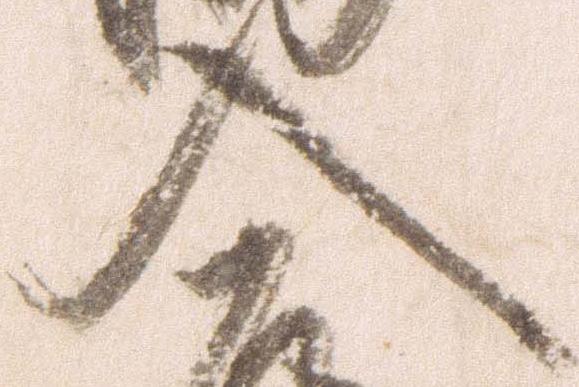
入